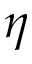
\boldsymbol { \eta }